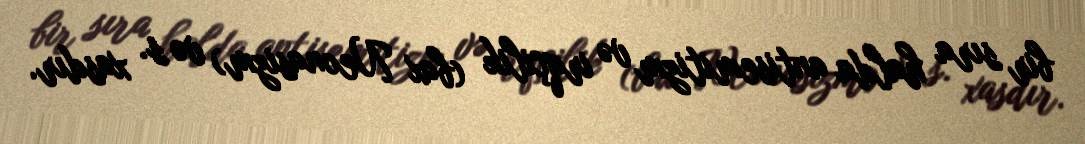
bir sıra halda antisemitizm və irqçilik (bax Neonasizm) və s. xasdır.